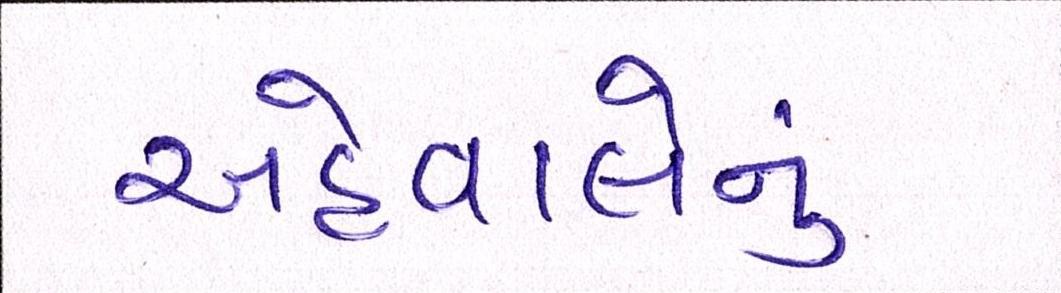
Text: અહેવાલોનું